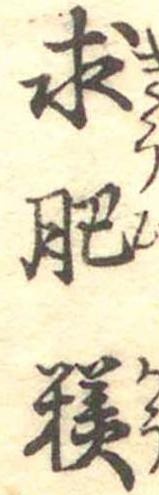
求肥糕